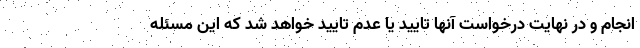
انجام و در نهایت درخواست آنها تایید یا عدم تایید خواهد شد که این مسئله